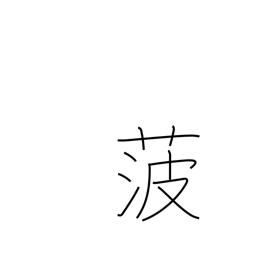
Meaning: spinach